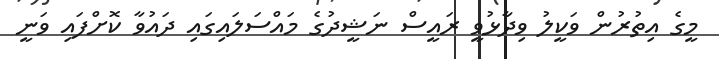
މީގެ އިތުރުން ވަކީލު ވިދާޅުވީ ރައީސް ނަޝީދުގެ މައްސަލައިގައި ދައުވާ ކޮށްފައި ވަނީ